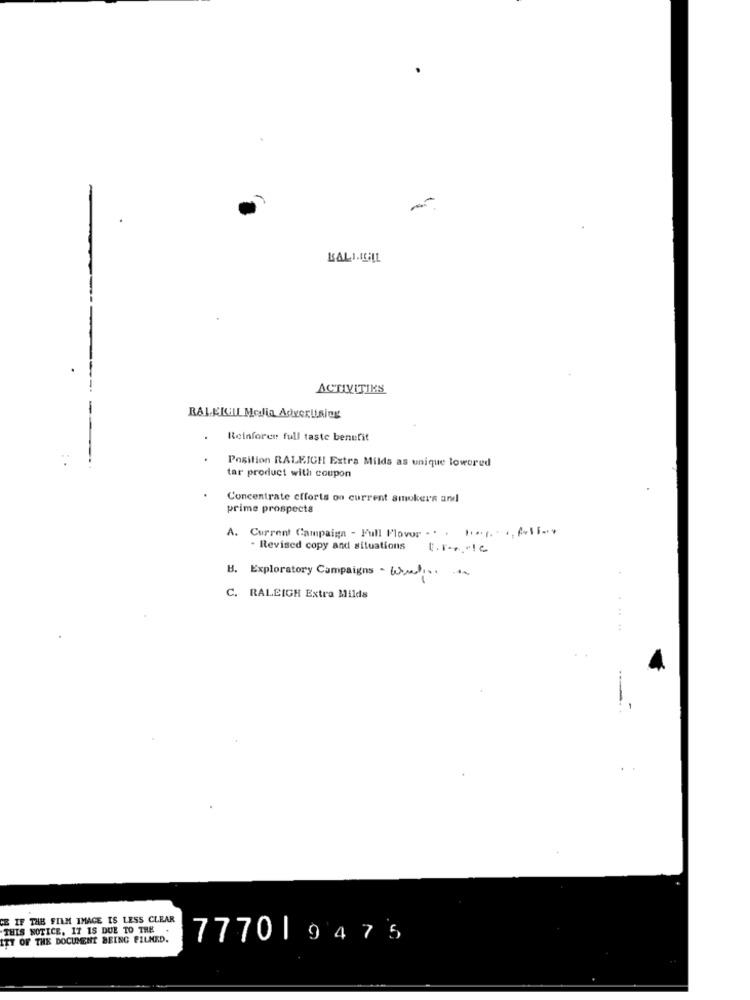
ACTIVITIES
-
Reinforce full taste benefit
Position RALEIGH Extra Milds as unique lowered
tar product with coupon
Concentrate efforts on current smokers and
prime prospects
A. Current Campaign - Full Flovor ... 10.g ., fosfor
Revised copy and situations
B. Exploratory Campaigns- Wind ...
C. RALEIGH Extra Milds
CE IF THE FILM IMAGE IS LESS CLEAR
THIS NOTICE, IT IS DUE TO THE
ITT OF THE DOCUMENT BEING FILMED.
777019475